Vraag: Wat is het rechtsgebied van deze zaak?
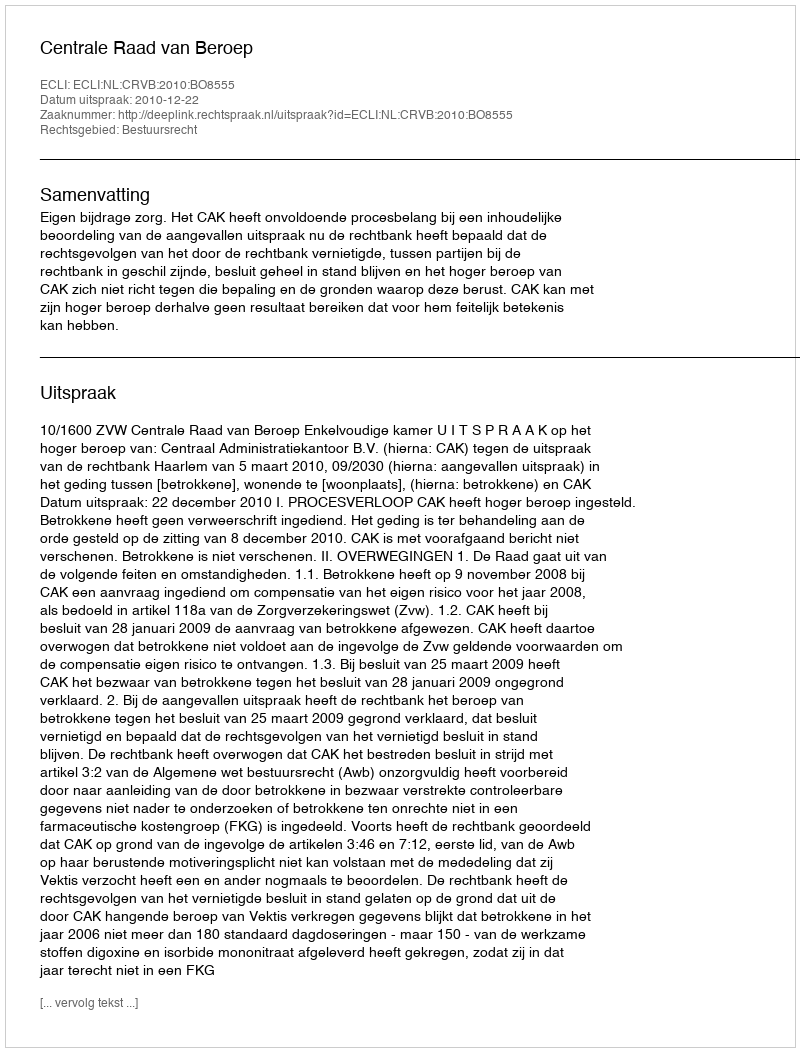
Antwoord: Bestuursrecht